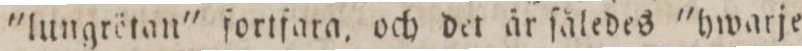
'lungrötan' fortfara, och det är ſåledes 'hwarje